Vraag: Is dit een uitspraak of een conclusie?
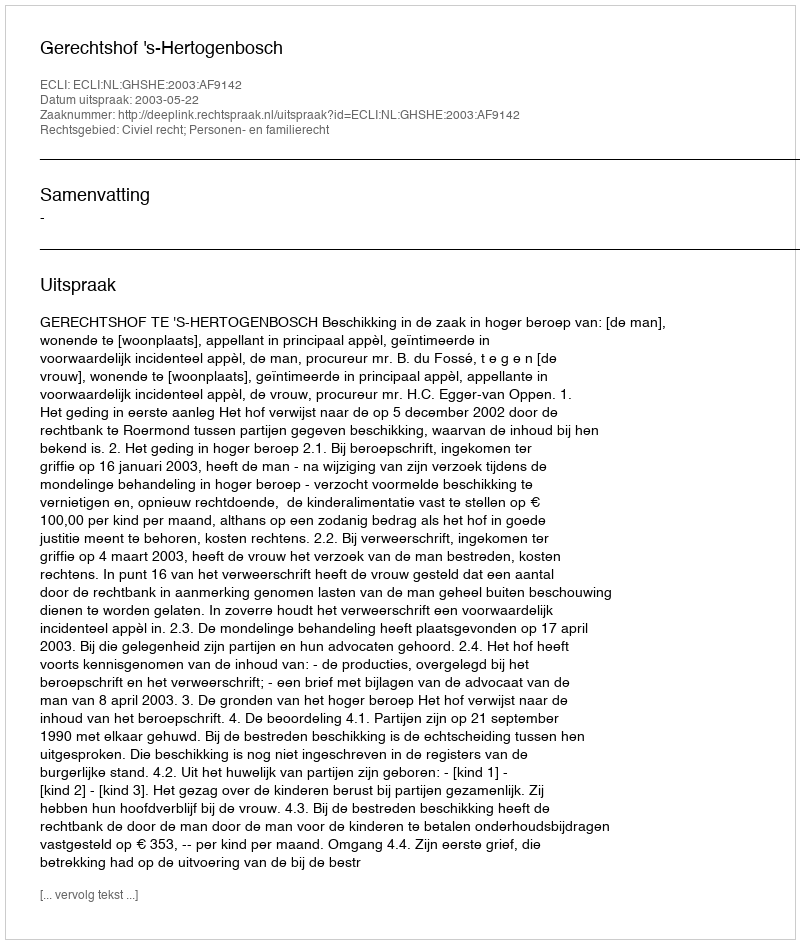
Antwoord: Uitspraak